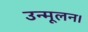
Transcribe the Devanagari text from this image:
उन्मूलन।